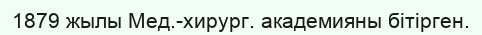
1879 жылы Мед.-хирург. академияны бітірген.